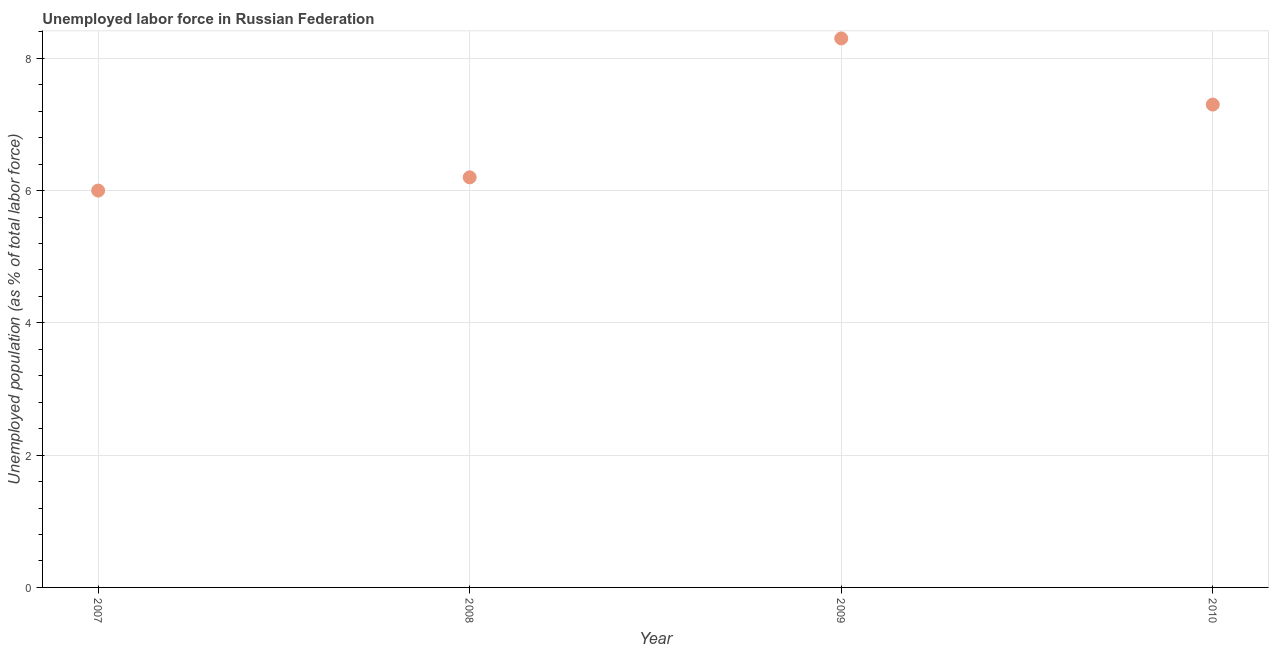
| Year | Unemployment |
 | --- | --- |
 | 2007 | 6 |
 | 2008 | 6.2 |
 | 2009 | 8.3 |
 | 2010 | 7.3 |